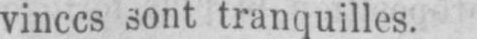
vinces sont tranquilles.